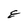
Character: E